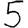
Digit: 5